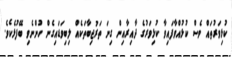
ކުޅިވަރުތައް ވެސް ކުޅުއްވާފައިވާ ކުޅިވަރުގެ ދާއިރާއިން ގިނަ ތަރުޖިބާތަކެއް ލިބިވަޑައިގެން ހުންނެވި ބޭފުޅެކެވެ.